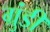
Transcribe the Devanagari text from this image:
ग्रुंडी